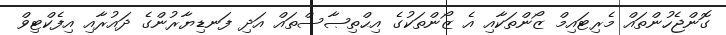
ގޮންޖެހުންތައް މެރިޓައިމް ޒޯންތަކާއި އެ ޒޯންތަކުގެ އިޙްތިޞާސްތައް އަދި ފަނޑިޔާރުންގެ ދައުރާއި އިފެކްޓިވް